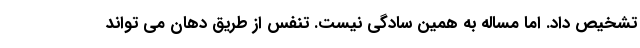
تشخیص داد. اما مساله به همین سادگی نیست. تنفس از طریق دهان می تواند